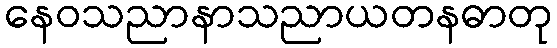
နေဝသညာနာသညာယတနဓာတု